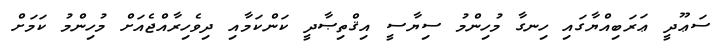
ސަޢޫދީ ޢަރަބިއްޔާގައި ހިނގާ މުހިންމު ސިޔާސީ އިޤްތިޞާދީ ކަންކަމާއި ދިވެހިރާއްޖެއަށް މުހިންމު ކަމަށް